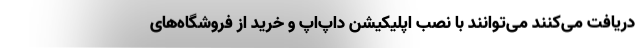
دریافت می‌کنند می‌توانند با نصب اپلیکیشن داپ‌اَپ و خرید از فروشگاه‌های